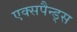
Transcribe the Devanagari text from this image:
एक्सपैन्ड्स